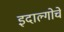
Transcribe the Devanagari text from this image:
इदाल्गोचे